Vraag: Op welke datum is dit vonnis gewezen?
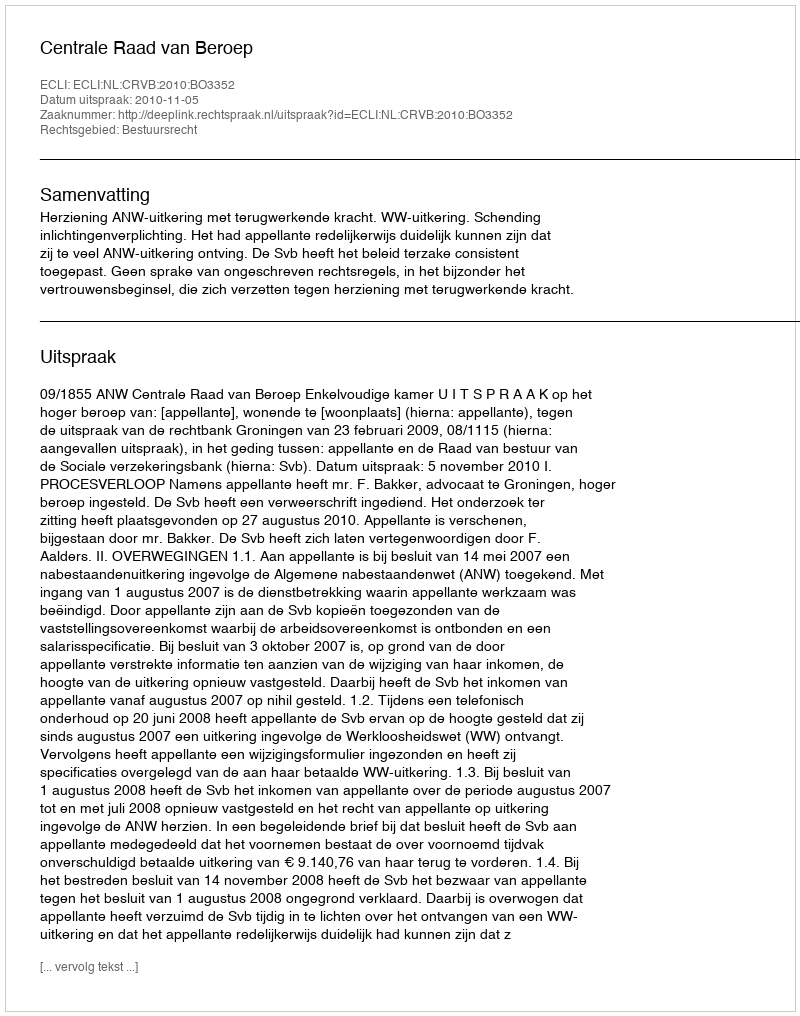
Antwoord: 2010-11-05